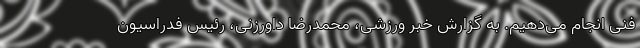
فنی انجام می‌دهیم. به گزارش خبر ورزشی، محمدرضا داورزنی، رئیس فدراسیون